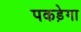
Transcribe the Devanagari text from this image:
पकड़ेगा